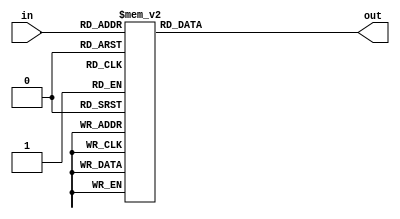
// Decoder - Three inputs decodes to 1 of 8 outputs (hot).

module decoder_3_8_behavioral(
    input       [2:0] in,       // 3 Input
    output  reg [7:0] out);     // 8 Outputs

    // ALWAYS BLOCK with NON-BLOCKING PROCEDURAL ASSIGNMENT STATEMENT
    always @ ( * ) begin
        case (in)
            3'b000 : out <= 8'b00000001;
            3'b001 : out <= 8'b00000010;
            3'b010 : out <= 8'b00000100;
            3'b011 : out <= 8'b00001000;
            3'b100 : out <= 8'b00010000;
            3'b101 : out <= 8'b00100000;
            3'b110 : out <= 8'b01000000;
            3'b111 : out <= 8'b10000000;
        endcase
    end

endmodule